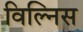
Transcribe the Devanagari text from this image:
विल्निस